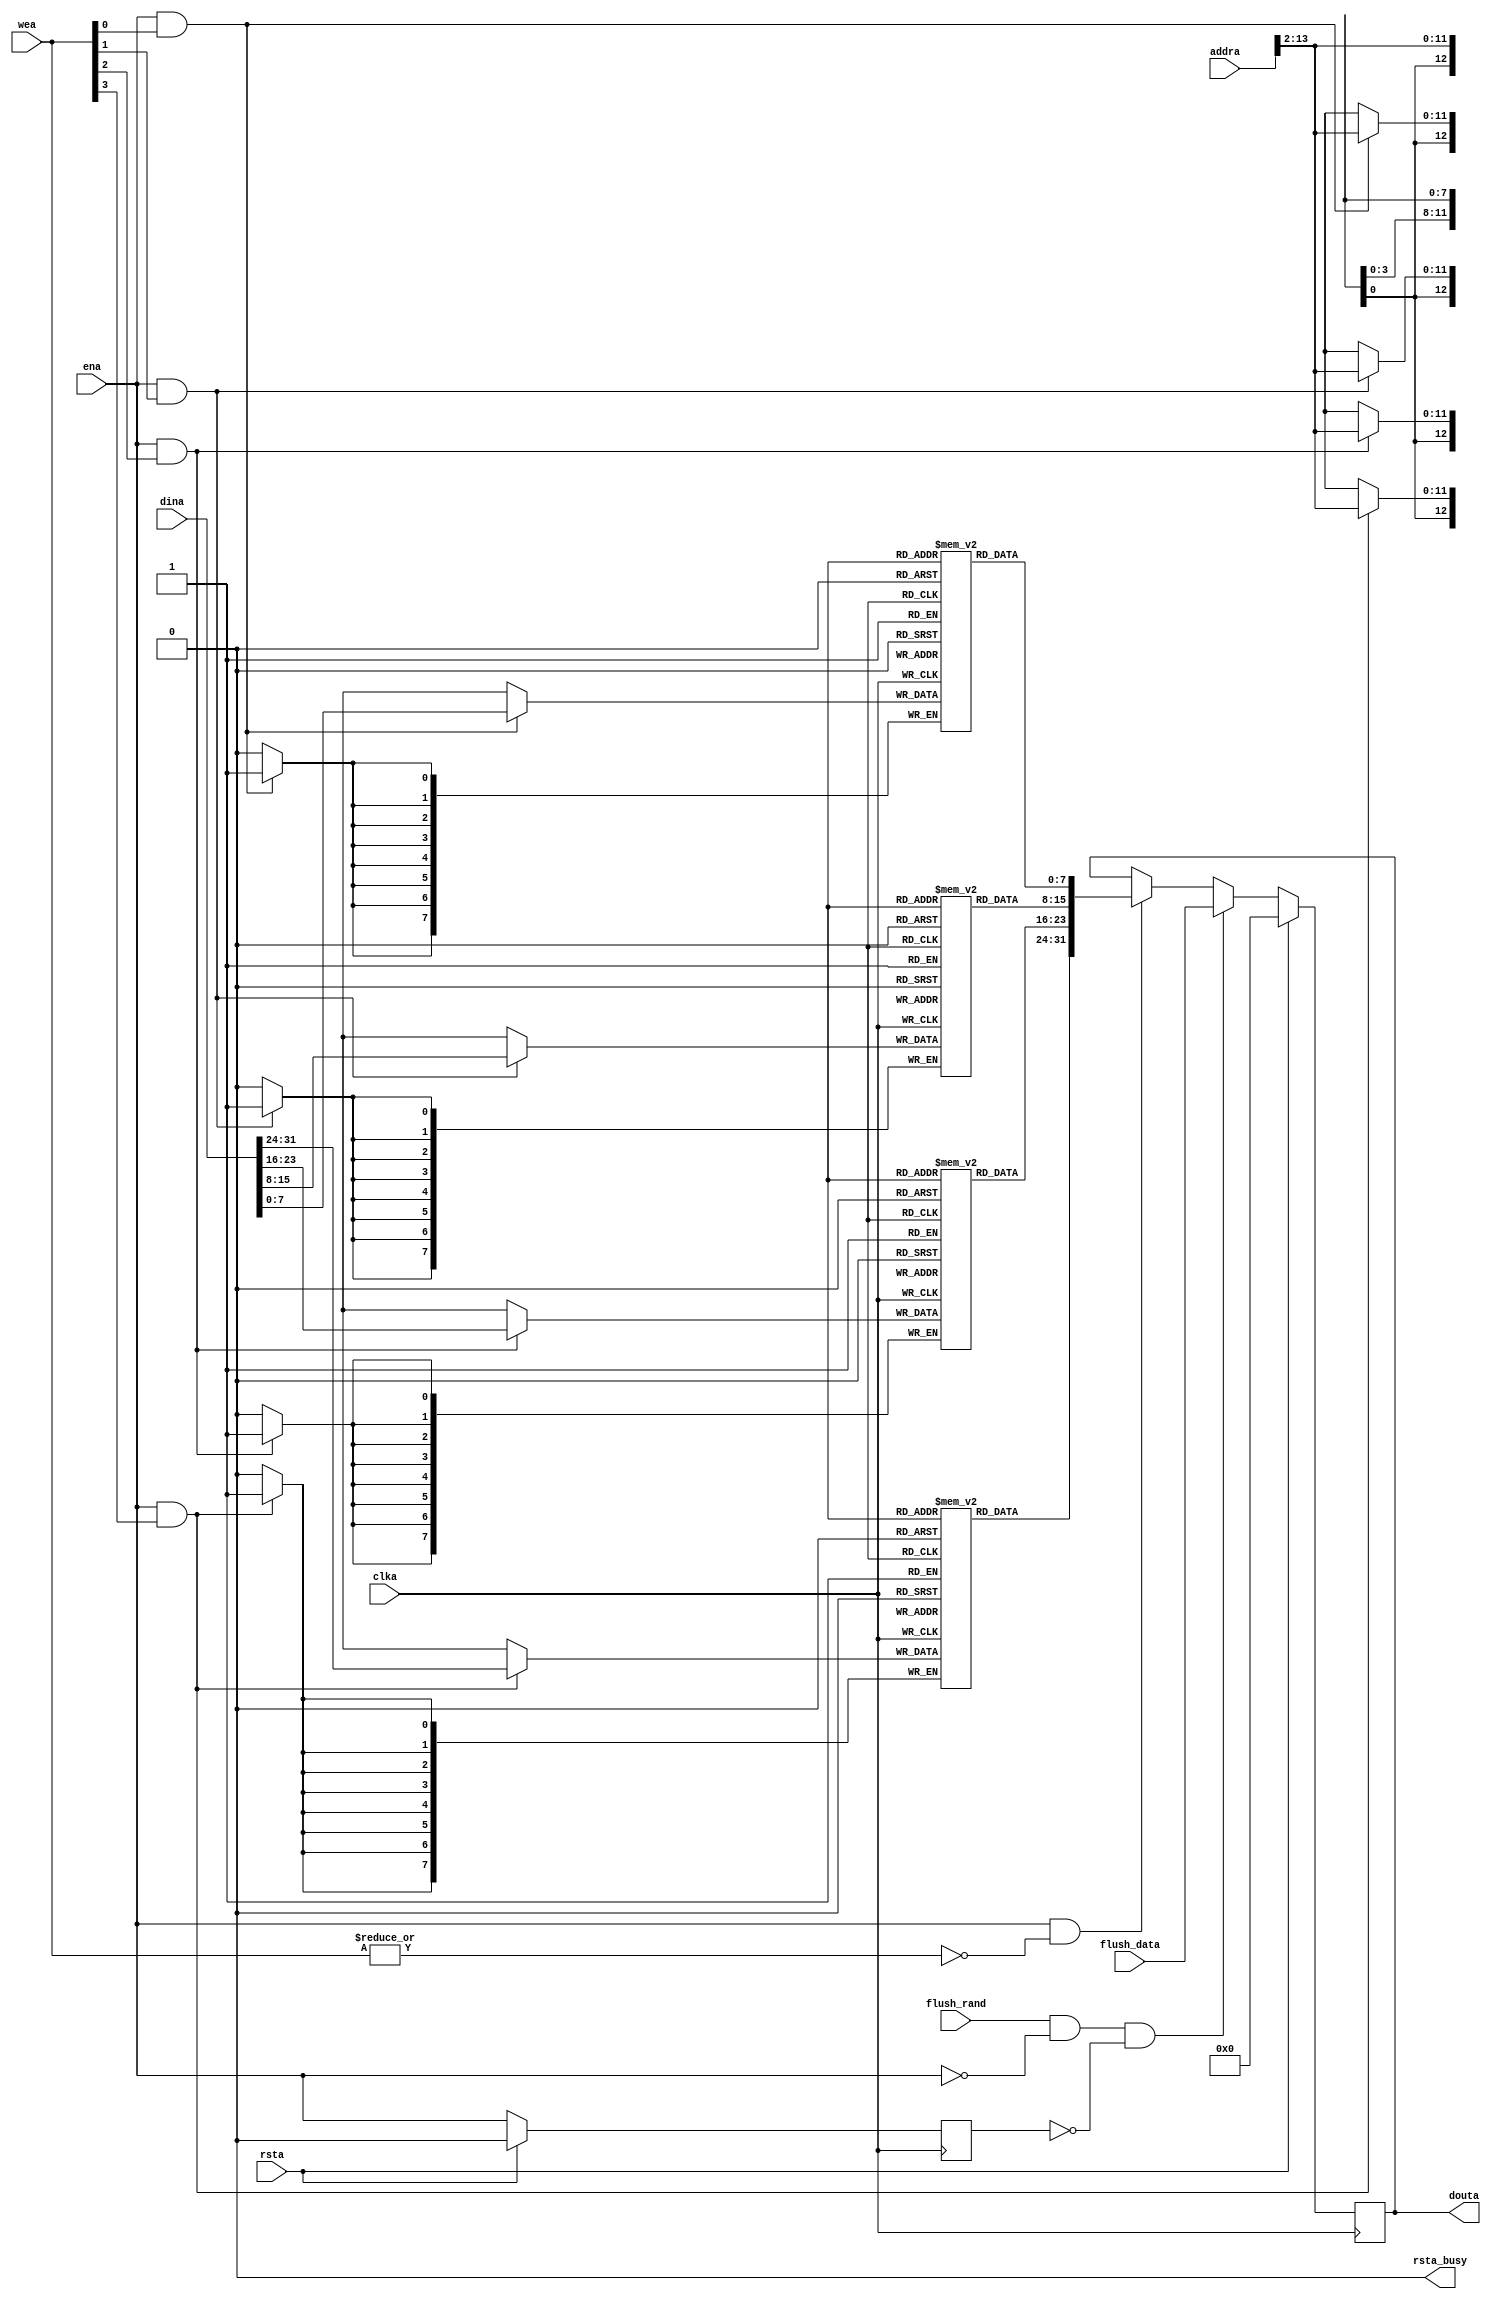

module flushable_bram (

input  wire         clka        ,
input  wire         rsta        ,
input  wire         ena         ,
input  wire [ 3:0]  wea         ,
input  wire [13:0]  addra       ,
input  wire [31:0]  dina        ,
output reg  [31:0]  douta       ,

input  wire         flush_rand  ,
input  wire [31:0]  flush_data  ,

output wire         rsta_busy    

);

//! Depth of the BRAM in *words*, where 1 word = 4 bytes.
parameter   DEPTH = 8192;
localparam  LW    = $clog2(DEPTH);

assign rsta_busy = 1'b0;

reg [7:0] darry_0 [DEPTH-1:0];
reg [7:0] darry_1 [DEPTH-1:0];
reg [7:0] darry_2 [DEPTH-1:0];
reg [7:0] darry_3 [DEPTH-1:0];

wire [LW-1:0] idx_a = addra[LW-1+2:2];

wire [31:0] read_data = {darry_3[idx_a],
                         darry_2[idx_a],
                         darry_1[idx_a],
                         darry_0[idx_a]};

reg  p_ena;

always @(posedge clka) begin
    if(rsta) begin
        p_ena <= 1'b0;
    end else begin
        p_ena <= ena;
    end
end

wire is_write = |wea;

// Port a reads / flushes
always @(posedge clka) begin
    if(rsta) begin
        douta <= 0;
    end else if(flush_rand && !ena && !p_ena) begin
        douta <= flush_data;
    end else if(ena && !is_write) begin
        douta <= read_data;
    end
end

//
// Port a writes
always @(posedge clka) if(ena && wea[0]) darry_0[idx_a] <= dina[ 7: 0];
always @(posedge clka) if(ena && wea[1]) darry_1[idx_a] <= dina[15: 8];
always @(posedge clka) if(ena && wea[2]) darry_2[idx_a] <= dina[23:16];
always @(posedge clka) if(ena && wea[3]) darry_3[idx_a] <= dina[31:24];

endmodule